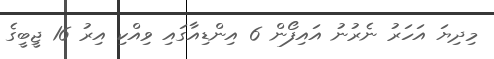
މިދިޔަ އަހަރު ނެރުނު އައިފޯން 6 އިންޑިއާގައި ވިއްކި އިރު 16 ޖީބީގެ